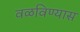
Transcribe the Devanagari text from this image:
वळविण्यास